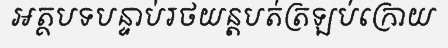
អត្ថបទបន្ទាប់រថយន្តបត់ត្រឡប់ក្រោយ